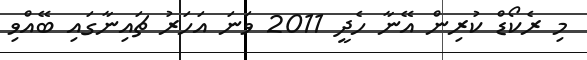
މި ރެކޯޑް ކުރިން އޭނާ ހެދީ 2011 ވަނަ އަހަރު ޗައިނާގައި ބޭއްވި